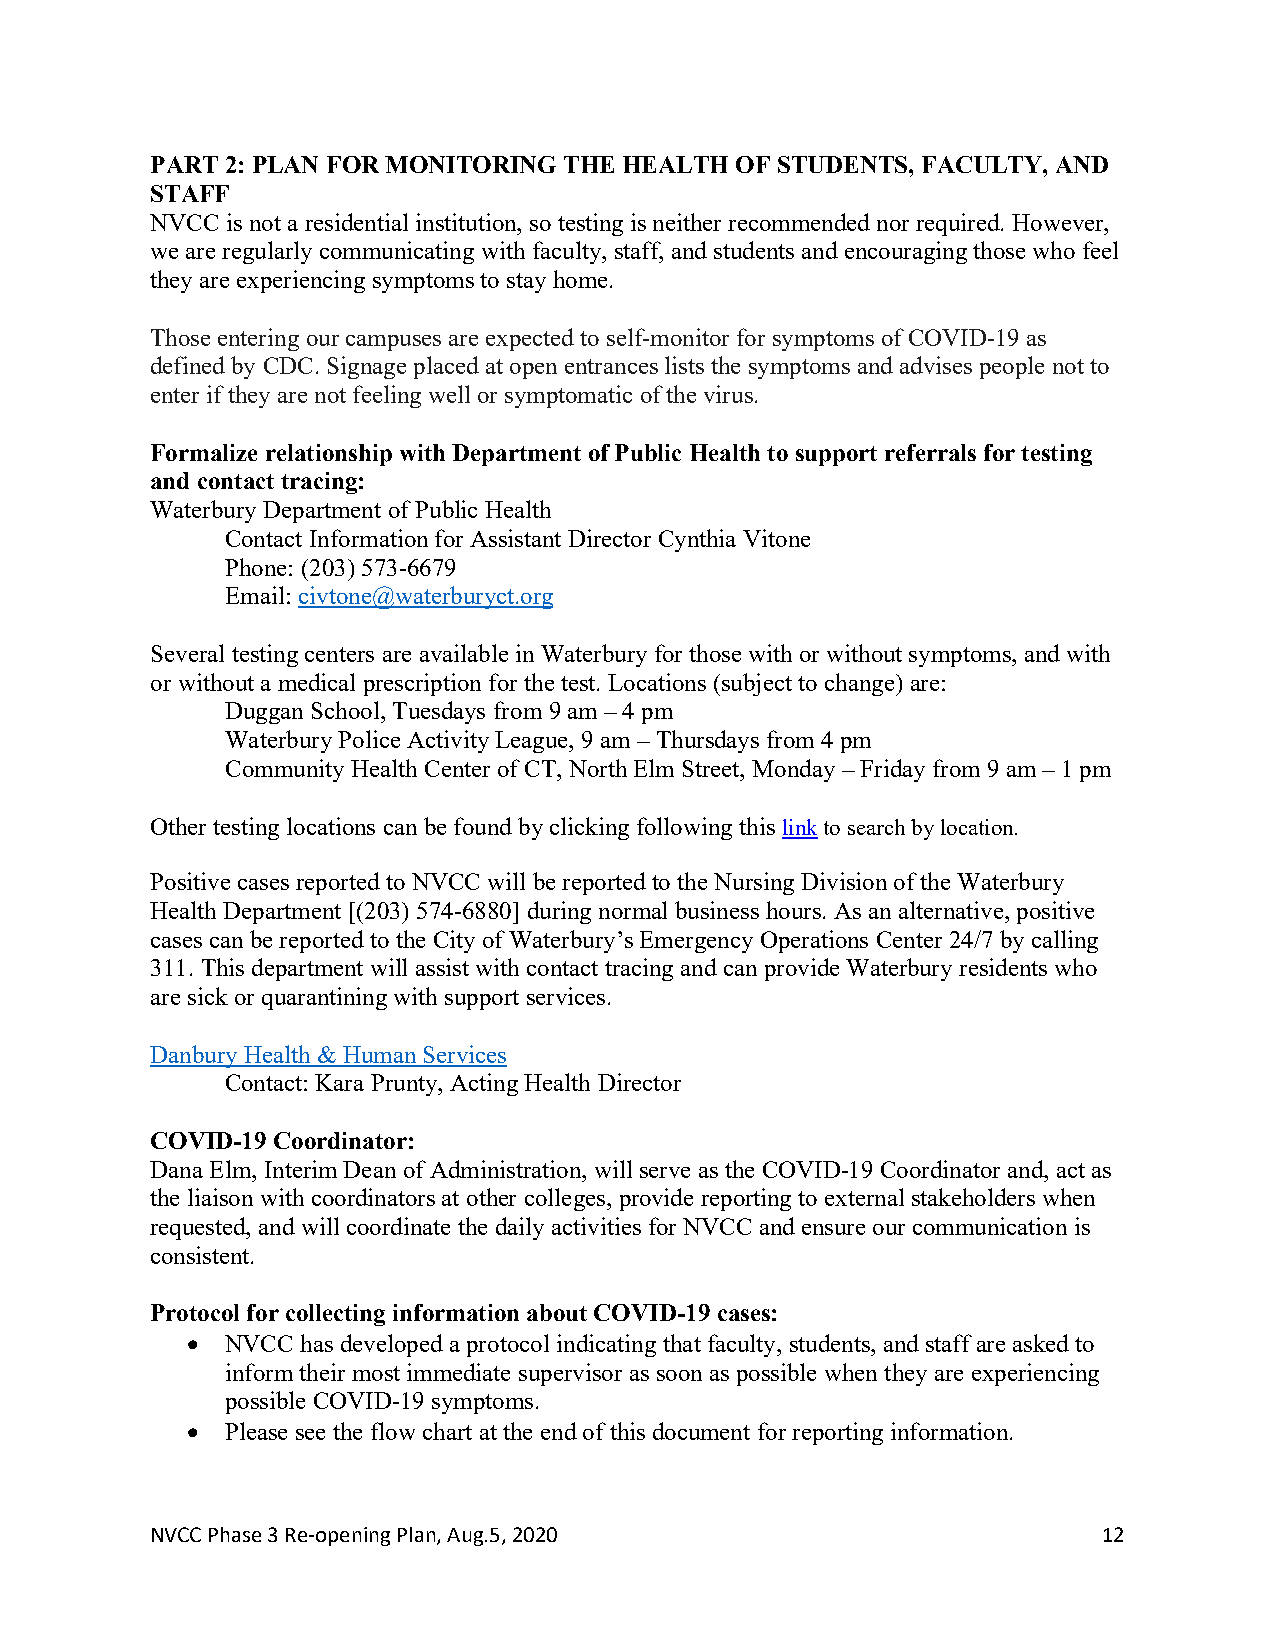
PART 2: PLAN FOR MONITORING THE HEALTH OF STUDENTS, FACULTY, AND
 STAFF
 NVCC is not a residential institution, so testing is neither recommended nor required. However,
 we are regularly communicating with faculty, staff, and students and encouraging those who feel
 they are experiencing symptoms to stay home.
 Those entering our campuses are expected to self-monitor for symptoms of COVID-19 as
 defined by CDC. Signage placed at open entrances lists the symptoms and advises people not to
 enter if they are not feeling well or symptomatic of the virus.
 Formalize relationship with Department of Public Health to support referrals for testing
 and contact tracing:
 Waterbury Department of Public Health
 Contact Information for Assistant Director Cynthia Vitone
 Phone: (203) 573-6679
 Email: civtone@waterburyct.org
 Several testing centers are available in Waterbury for those with or without symptoms, and with
 or without a medical prescription for the test. Locations (subject to change) are:
 Duggan School, Tuesdays from 9 am – 4 pm
 Waterbury Police Activity League, 9 am – Thursdays from 4 pm
 Community Health Center of CT, North Elm Street, Monday – Friday from 9 am – 1 pm
 Other testing locations can be found by clicking following this link to search by location.
 Positive cases reported to NVCC will be reported to the Nursing Division of the Waterbury
 Health Department [(203) 574-6880] during normal business hours. As an alternative, positive
 cases can be reported to the City of Waterbury’s Emergency Operations Center 24/7 by calling
 311. This department will assist with contact tracing and can provide Waterbury residents who
 are sick or quarantining with support services.
 Danbury Health & Human Services
 Contact: Kara Prunty, Acting Health Director
 COVID-19 Coordinator:
 Dana Elm, Interim Dean of Administration, will serve as the COVID-19 Coordinator and, act as
 the liaison with coordinators at other colleges, provide reporting to external stakeholders when
 requested, and will coordinate the daily activities for NVCC and ensure our communication is
 consistent.
 Protocol for collecting information about COVID-19 cases:
 •  NVCC has developed a protocol indicating that faculty, students, and staff are asked to
 inform their most immediate supervisor as soon as possible when they are experiencing
 possible COVID-19 symptoms.
 •  Please see the flow chart at the end of this document for reporting information.
 NVCC Phase 3 Re-opening Plan, Aug.5, 2020                      12